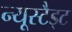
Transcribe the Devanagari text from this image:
न्यूस्टैड्ट